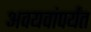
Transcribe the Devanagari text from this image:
अवयवांपर्यंत